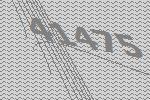
41475